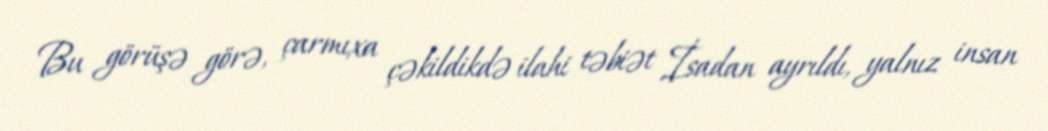
Bu görüşə görə, çarmıxa çəkildikdə ilahi təbiət İsadan ayrıldı, yalnız insan